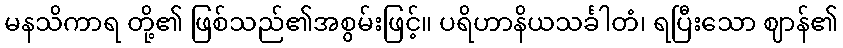
မနသိကာရ တို့၏ ဖြစ်သည်၏အစွမ်းဖြင့်။ ပရိဟာနိယသင်္ခါတံ၊ ရပြီးသော ဈာန်၏